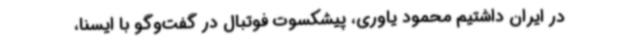
در ایران داشتیم محمود یاوری، پیشکسوت فوتبال در گفت‌وگو با ایسنا،